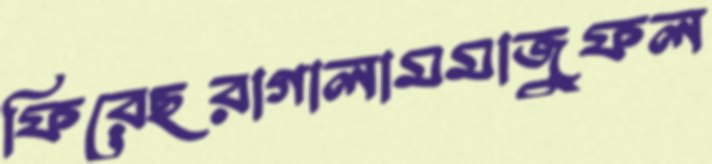
ফিরেছরাগালামমাজুফল